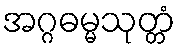
အဂ္ဂဓမ္မသုတ္တံ